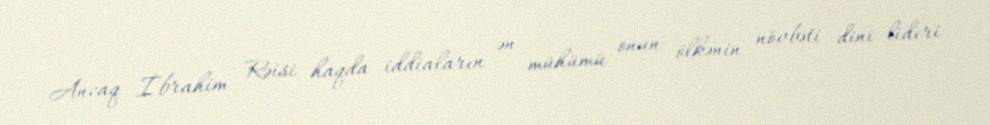
Ancaq İbrahim Rəisi haqda iddiaların ən mühümü onun ölkənin növbəti dini lideri